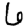
Digit: 6